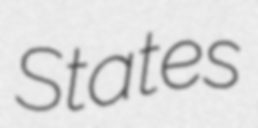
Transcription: States